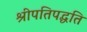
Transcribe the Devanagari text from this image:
श्रीपतिपद्धति